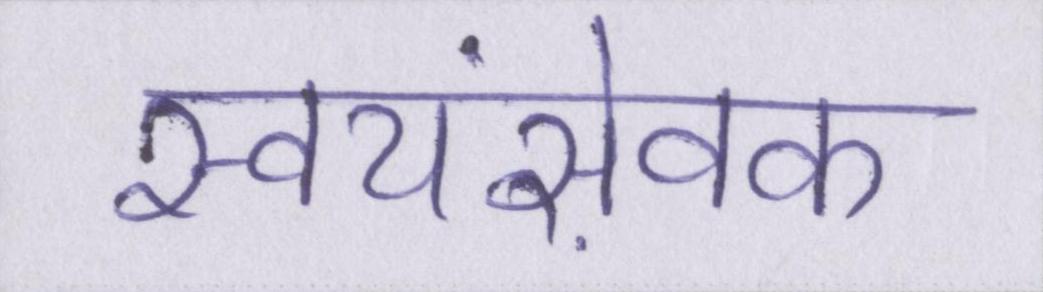
स्वयंसेवक